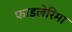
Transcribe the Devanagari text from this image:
फाइलेरिमा